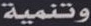
وتنمية